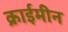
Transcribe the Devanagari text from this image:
क्राईमीन